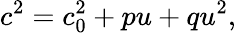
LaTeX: c^{2}=c_{0}^{2}+pu+qu^{2},